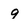
Character: 9